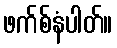
ဖက်စ်နံပါတ်။